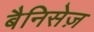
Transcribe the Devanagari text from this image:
बैनिसेज़